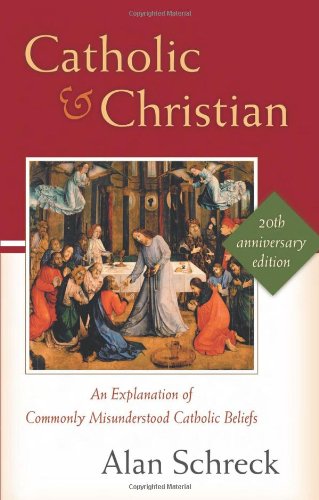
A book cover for Catholic and Christian: An Explanation of Commonly Misunderstood Catholic Beliefs; Alan Schreck Ph.D.; Religion & Spirituality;